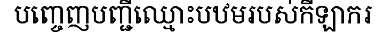
បញ្ចេញបញ្ជីឈ្មោះបឋមរបស់កីឡាករ